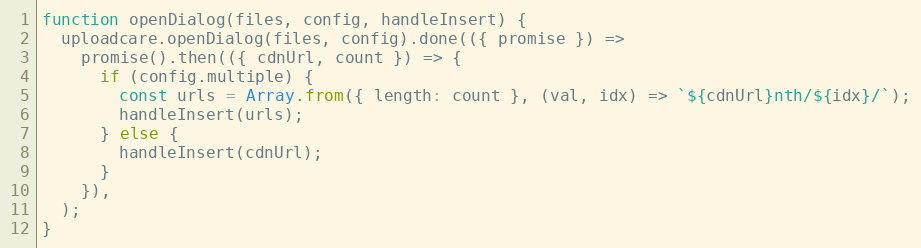
Language: JavaScript
function openDialog(files, config, handleInsert) {
  uploadcare.openDialog(files, config).done(({ promise }) =>
    promise().then(({ cdnUrl, count }) => {
      if (config.multiple) {
        const urls = Array.from({ length: count }, (val, idx) => `${cdnUrl}nth/${idx}/`);
        handleInsert(urls);
      } else {
        handleInsert(cdnUrl);
      }
    }),
  );
}